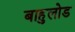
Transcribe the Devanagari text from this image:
बाहुलोड